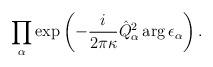
LaTeX: \begin{align*}\prod_\alpha \exp\left(-\frac{i}{2\pi\kappa}\hat Q^2_\alpha\arg\epsilon_\alpha\right).\end{align*}